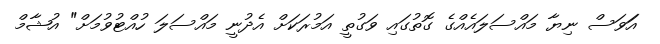
އަަވަސް ނިޔާ މައްސަލައެއްގެ ގޮތުގައި ވަގުތީ އަމުރަކަށް އެދުނީ މައްސަލަ ހުއްޓުވުމަށް" އުޝާމް